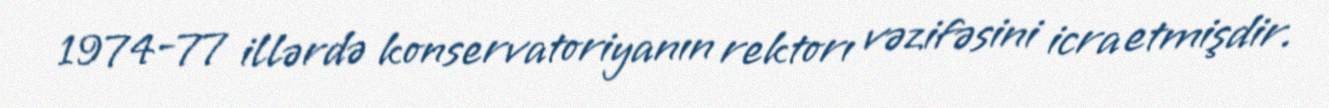
1974-77 illərdə konservatoriyanın rektorı vəzifəsini icra etmişdir.